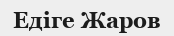
Едіге Жаров